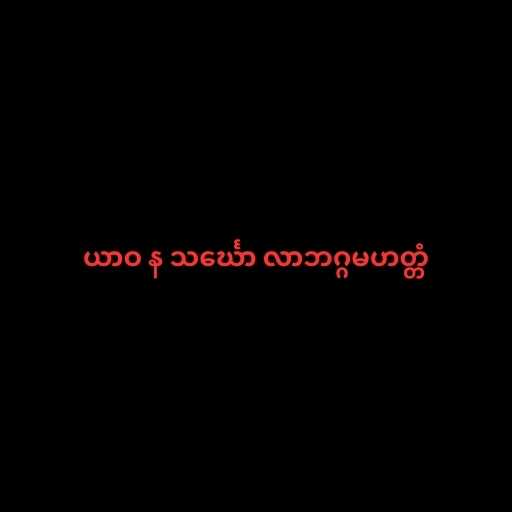
ယာဝ န သင်္ဃော လာဘဂ္ဂမဟတ္တံ